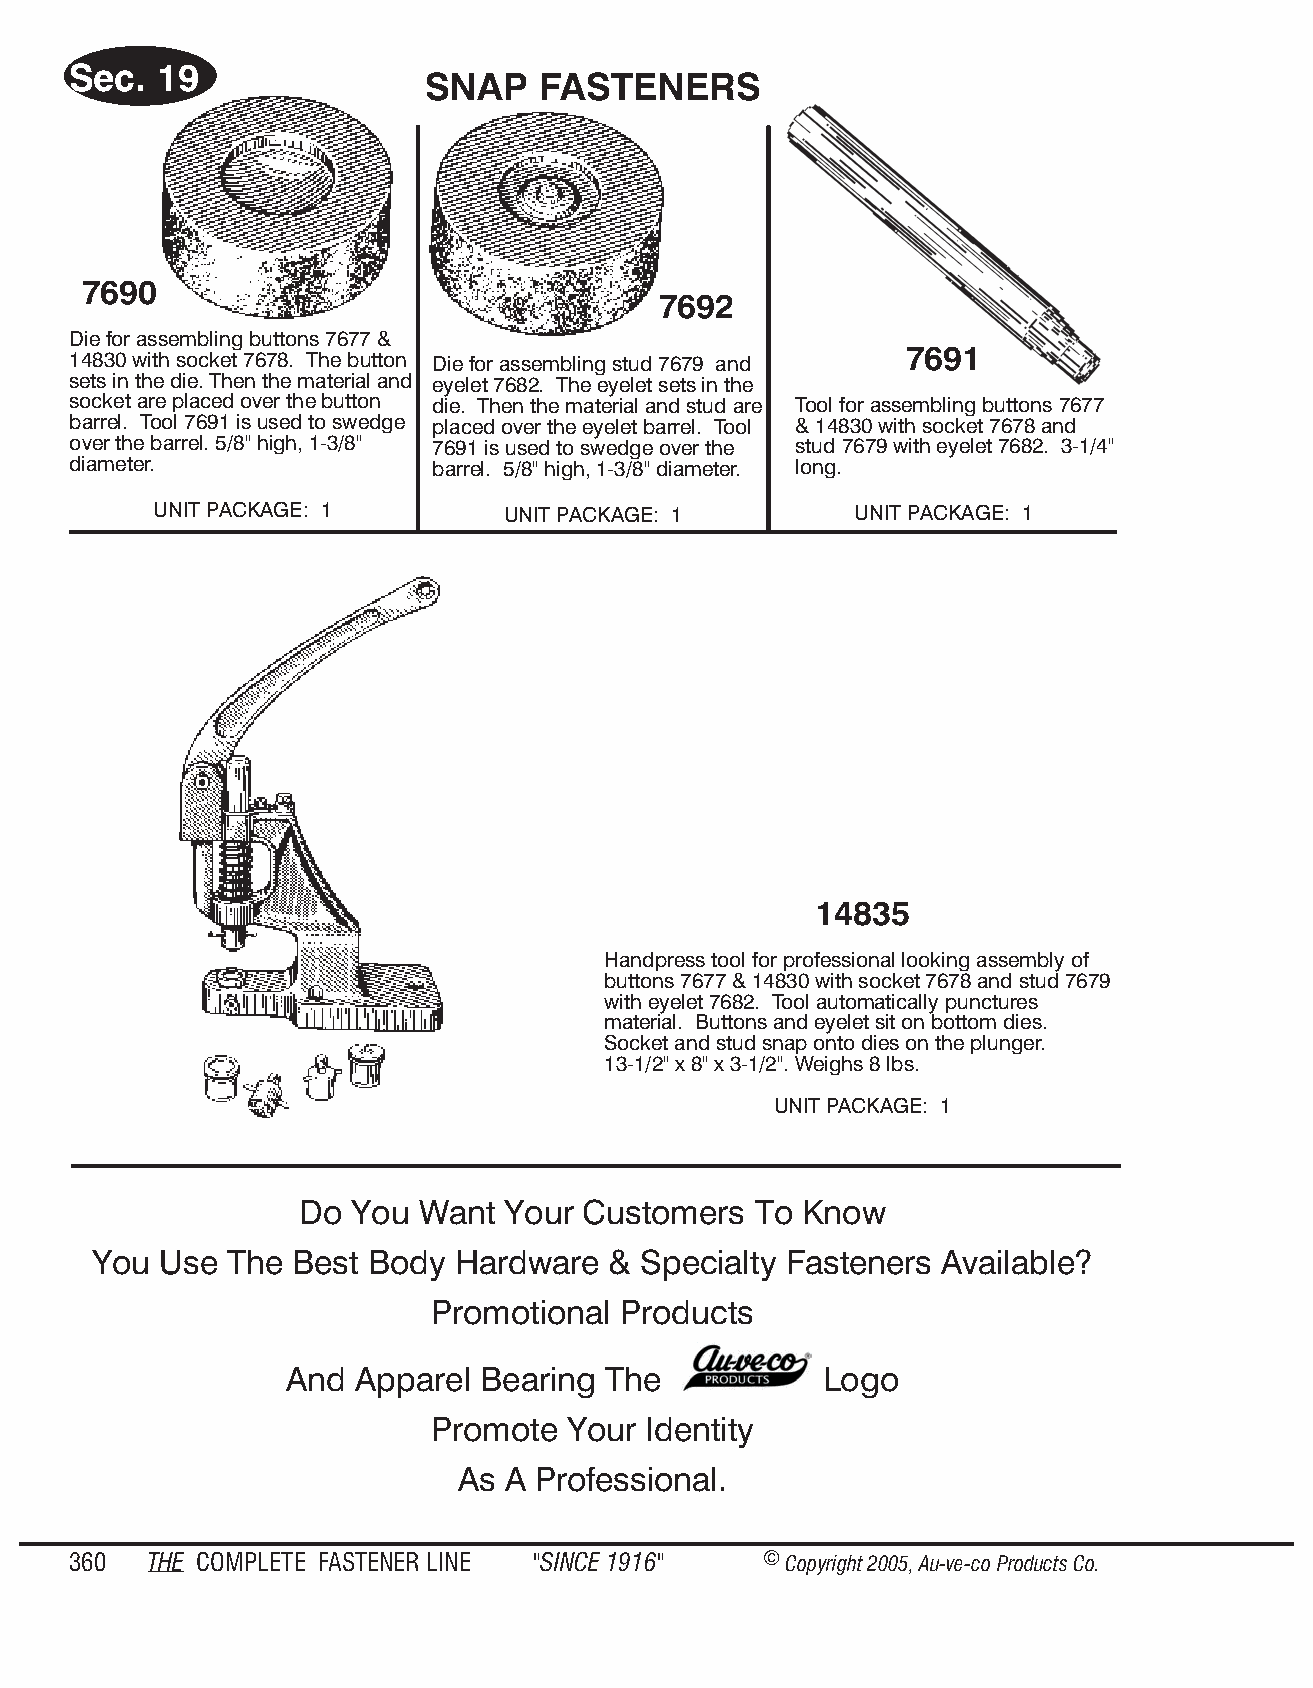
Sec.  19
 SNAP    FAS  TEN  ERS
 7690
 7692
 Die for assembling buttons 7677 &
 14830 with socket 7678. The button Die for assembling stud 7679 and 7691
 sets in the die. Then the material and eyelet 7682. The eyelet sets in the
 socket are placed over the button die. Then the material and stud are Tool for assembling buttons 7677
 barrel. Tool 7691 is used to swedge placed over the eyelet barrel. Tool & 14830 with socket 7678 and
 over the barrel. 5/8" high, 1-3/8" 7691 is used to swedge over the stud 7679 with eyelet 7682. 3-1/4"
 diameter.               barrel. 5/8" high, 1-3/8" diameter. long.
 UNIT PACKAGE: 1         UNIT PACKAGE: 1        UNIT PACKAGE: 1
 14835
 Handpress tool for professional looking assembly of
 buttons 7677 & 14830 with socket 7678 and stud 7679
 with eyelet 7682. Tool automatically punctures
 material. Buttons and eyelet sit on bottom dies.
 Socket and stud snap onto dies on the plunger.
 13-1/2" x 8" x 3-1/2". Weighs 8 lbs.
 UNIT PACK AGE: 1
 Do You  Want  Your Customers  To Know
 You  Use The  Best Body Hardware   & Specialty Fasteners Available?
 Promotional Products
 And  Apparel Bearing The            Logo
 Promote  Your Identity
 As A Professional.
 360  THE COM PLETE FAST ENER LINE "SINCE 1916" © Copyr ight 2005, Au-ve-co Produ cts Co.